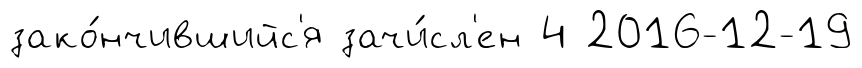
зако́нчившийс'я зачи́сл'ен 4 2016-12-19